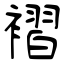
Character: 褶